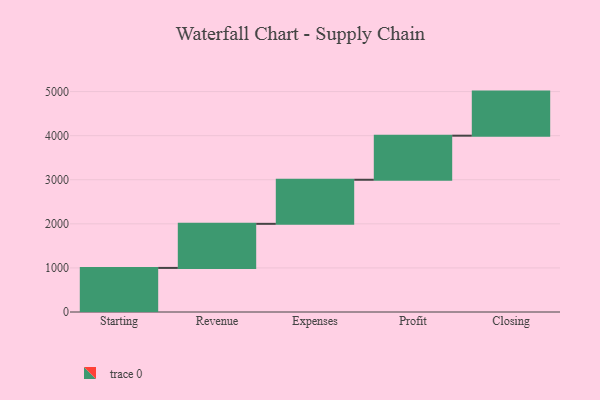
{"axis": {"x": "Step", "y": "Value"}, "legend": [""], "data": [{"x": "Starting", "y": 1000, "type": ""}, {"x": "Revenue", "y": 1000, "type": ""}, {"x": "Expenses", "y": 1000, "type": ""}, {"x": "Profit", "y": 1000, "type": ""}, {"x": "Closing", "y": 1000, "type": ""}]}